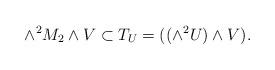
LaTeX: \begin{align*}\wedge^2 M_2\wedge V\subset T_U=((\wedge^2 U )\wedge V ).\end{align*}